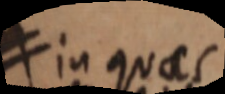
≠ in quaes